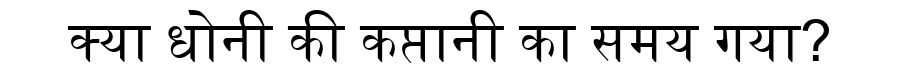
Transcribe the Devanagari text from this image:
क्या धोनी की कप्तानी का समय गया?